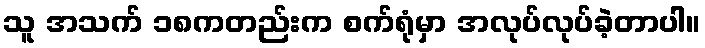
သူ အသက် ၁၈ကတည်းက စက်ရုံမှာ အလုပ်လုပ်ခဲ့တာပါ။